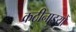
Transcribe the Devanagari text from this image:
कठीनाइयों